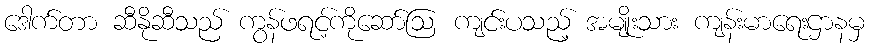
ဒေါက်တာ ဆီနိုဆီသည် ကွန်ဖရင့်ကိုဆော်ဩ ကျင်းပသည့် အမျိုးသား ကျန်းမာရေးဌာနမှ